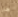
هل